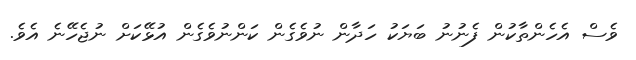
ވެސް އެހެންތާކުން ފެނުނު ބަޔަކު ހަދާން ނުވެގެން ކަންނުވެގެން އުޅޭކަށް ނުޖެހޭނެ އެވެ.